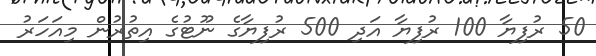
50 ރުފިޔާ 100 ރުފިޔާ އަދި 500 ރުފިޔާގެ ނޫޓުގެ އިތުރުން މިއަހަރު